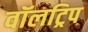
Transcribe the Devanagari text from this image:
वॉलट्रिप